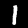
Label: 1